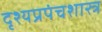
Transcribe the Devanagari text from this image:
दृश्यप्रपंचशास्त्र